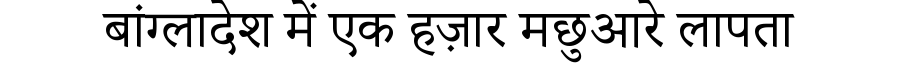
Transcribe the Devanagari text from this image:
बांग्लादेश में एक हज़ार मछुआरे लापता